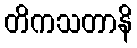
တိကသတာနိ